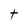
Character: t